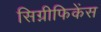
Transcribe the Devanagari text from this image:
सिग्नीफिकेंस